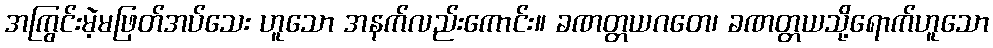
အကြွင်းမဲ့မဖြတ်အပ်သေး ဟူသော အနက်လည်းကောင်း။ ခဏတ္တယဂတေ၊ ခဏတ္တယသို့ရောက်ဟူသော